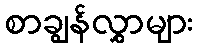
စာချွန်လွှာများ